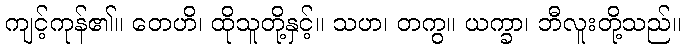
ကျင့်ကုန်၏။ တေဟိ၊ ထိုသူတို့နှင့်။ သဟ၊ တကွ။ ယက္ခာ၊ ဘီလူးတို့သည်။